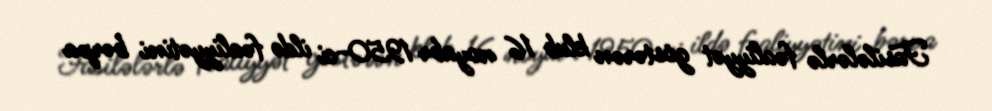
Fasilələrlə fəaliyyət göstərən klub 16 noyabr 1950-ci ildə fəaliyyətini bərpa